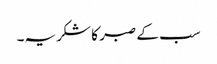
سب کے صبر کا شکریہ۔